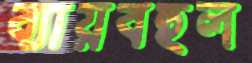
ব্যায়বহুল